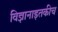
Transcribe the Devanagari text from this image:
विज्ञानाइतकीच